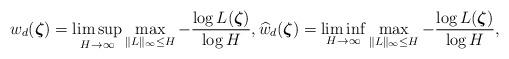
LaTeX: \begin{align*} w_{d}(\boldsymbol{\zeta})= \limsup_{H\to\infty}\max_{\Vert L\Vert_{\infty}\leq H} -\frac{\log L(\boldsymbol{\zeta})}{\log H}, \widehat{w}_{d}(\boldsymbol{\zeta})= \liminf_{H\to\infty}\max_{\Vert L\Vert_{\infty}\leq H}-\frac{\log L(\boldsymbol{\zeta})}{\log H},\end{align*}